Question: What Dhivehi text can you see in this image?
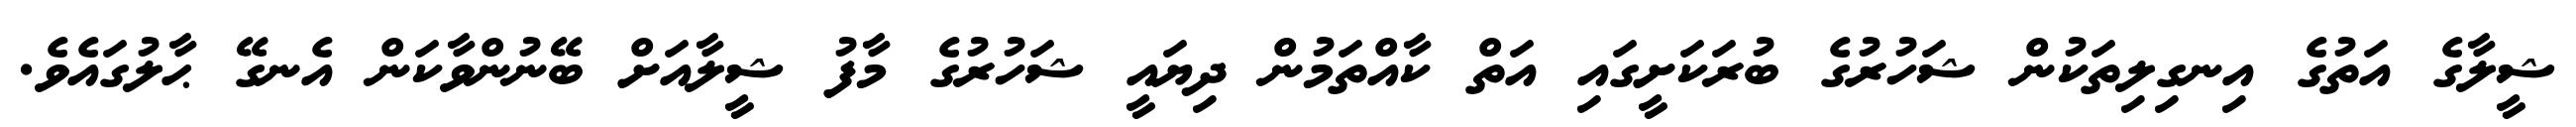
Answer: ޝީލާގެ އަތުގެ އިނގިލިތަކުން ޝަހުރުގެ ބުރަކަށީގައި އަތް ކާއްތަމުން ދިޔައީ ޝަހުރުގެ މާފު ޝީލާއަށް ބޭނުންވާކަން އެނގޭ ޙާލުގައެވެ.